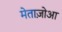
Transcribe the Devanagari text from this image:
मेताज़ोआ